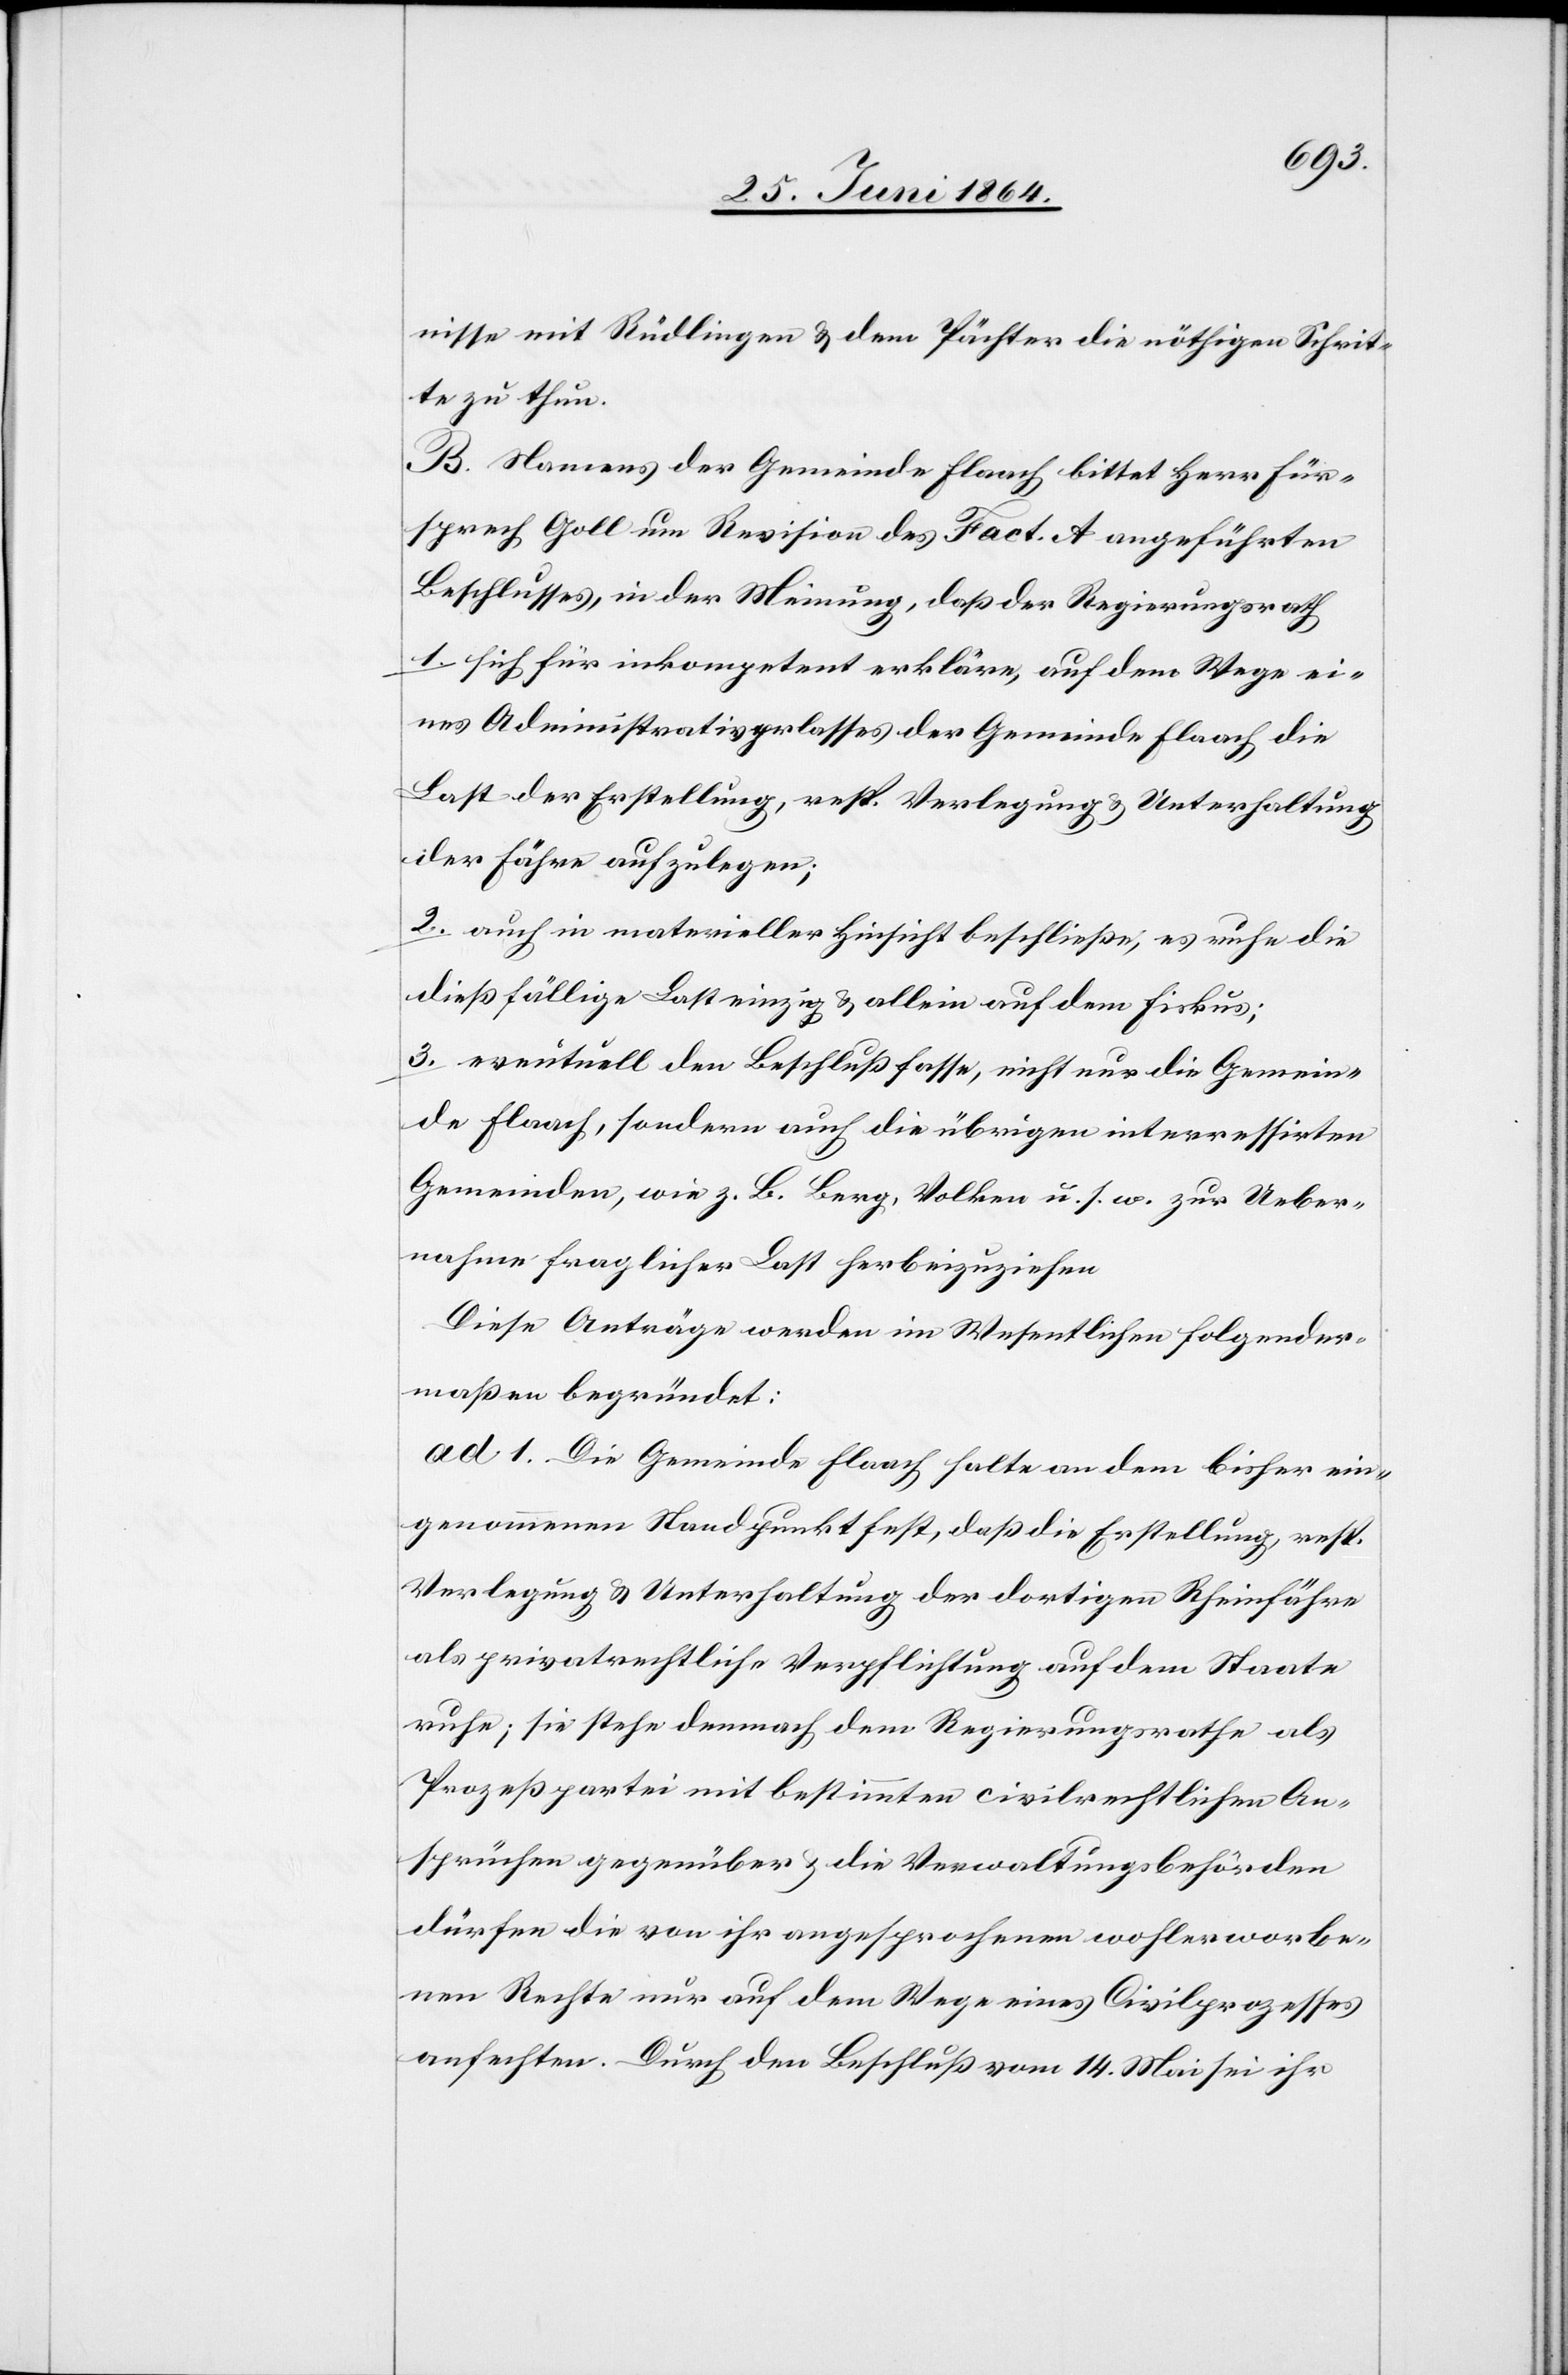
nisse mit Rüdlingen u. dem Pächter die nöthigen Schrit¬
te zu thun.
B. Namens der Gemeinde Flaach bittet Herr Für¬
sprech Goll um Revision des Fact. A angeführten
Beschlusses, in der Meinung, daß der Regierungsrath
1. sich für inkompetent erkläre, auf dem Wege ei¬
nes Administrativ[?e]rlasses der Gemeinde Flaach die
Last der Erstellung, resp. Verlegung u. Unterhaltung
der Fähre aufzuerlegen;
2. auch in materieller Hinsicht beschließe, es ruhe die
dießfällige Last einzig u. allein auf dem Fiskus;
3. eventuell den Beschluß fasse, nicht nur die Gemein¬
de Flaach, sondern auch die übrigen interessirten
Gemeinden, wie z. B. Berg, Volken u. s. w. zur Ueber¬
nahme fraglicher Last herbeizuziehen[.]
Diese Anträge werden im Wesentlichen folgender¬
maßen begründet:
ad 1. Die Gemeinde Flaach halte an dem bisher ein¬
genommenen Standpunkt fest, daß die Erstellung, resp.
Verlegung u. Unterhaltung der dortigen Rheinfähre
als privatrechtliche Verpflichtung auf dem Staate
ruhe; sie stehe demnach dem Regierungsrathe als
Prozeßpartei mit bestimmten civilrechtlichen An¬
sprüchen gegenüber u. die Verwaltungsbehörden
dürfen die von ihr angesprochenen wohlerworbe¬
nen Rechte nur auf dem Wege eines Civilprozesses
anfechten. Durch den Beschluß vom 14. Mai sei ihr